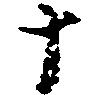
十